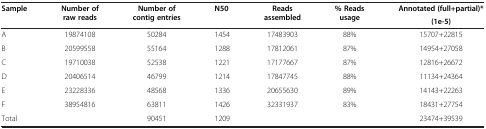
<table><thead><tr><td rowspan="2"><b>Sample</b></td><td rowspan="2"><b>Number of raw reads</b></td><td rowspan="2"><b>Number of contig entries</b></td><td rowspan="2"><b>N50</b></td><td rowspan="2"><b>Reads assembled</b></td><td rowspan="2"><b>% Reads usage</b></td><td><b>Annotated (full+partial)*</b></td></tr><tr><td><b>(1e-5)</b></td></tr></thead><tbody><tr><td>A</td><td>19874108</td><td>50284</td><td>1454</td><td>17483903</td><td>88%</td><td>15707+22815</td></tr><tr><td>B</td><td>20599558</td><td>55164</td><td>1288</td><td>17812061</td><td>87%</td><td>14954+27058</td></tr><tr><td>C</td><td>19710038</td><td>52538</td><td>1221</td><td>17177667</td><td>87%</td><td>12816+26672</td></tr><tr><td>D</td><td>20406514</td><td>46799</td><td>1214</td><td>17847745</td><td>88%</td><td>11134+24364</td></tr><tr><td>E</td><td>23228336</td><td>48568</td><td>1336</td><td>20655630</td><td>89%</td><td>14143+22263</td></tr><tr><td>F</td><td>38954816</td><td>63811</td><td>1426</td><td>32331937</td><td>83%</td><td>18431+27754</td></tr><tr><td>Total</td><td> </td><td>90451</td><td>1209</td><td> </td><td> </td><td>23474+39539</td></tr></tbody></table>